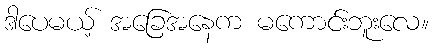
ဒါပေမယ့် အခြေအနေက မကောင်းဘူးလေ။